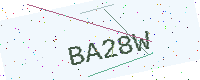
Text: BA28W